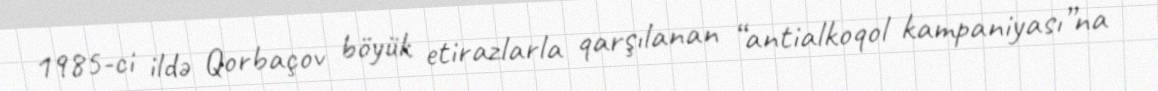
1985-ci ildə Qorbaçov böyük etirazlarla qarşılanan “antialkoqol kampaniyası”na